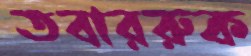
তবাররুক